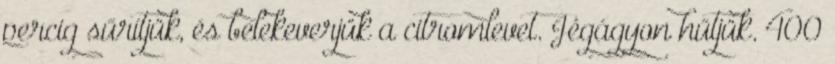
percig sűrítjük, és belekeverjük a citromlevet. Jégágyon hűtjük. 400